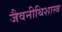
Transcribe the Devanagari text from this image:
जैवनीथिशास्त्र